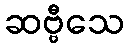
ဆဗ္ဗီသေ